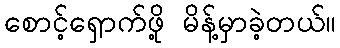
စောင့်ရှောက်ဖို့ မိန့်မှာခဲ့တယ်။